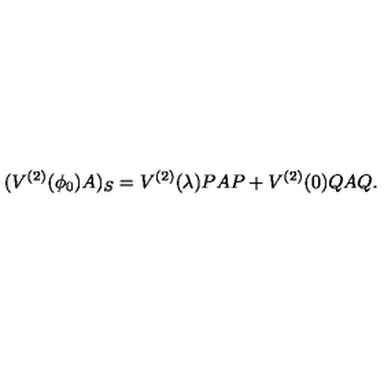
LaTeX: ( V ^ { ( 2 ) } ( \phi _ { 0 } ) A ) _ { S } = V ^ { ( 2 ) } ( \lambda ) P A P + V ^ { ( 2 ) } ( 0 ) Q A Q .